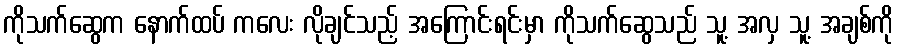
ကိုသက်ဆွေက နောက်ထပ် ကလေး လိုချင်သည့် အကြောင်းရင်းမှာ ကိုသက်ဆွေသည် သူ့ အလှ သူ့ အချစ်ကို